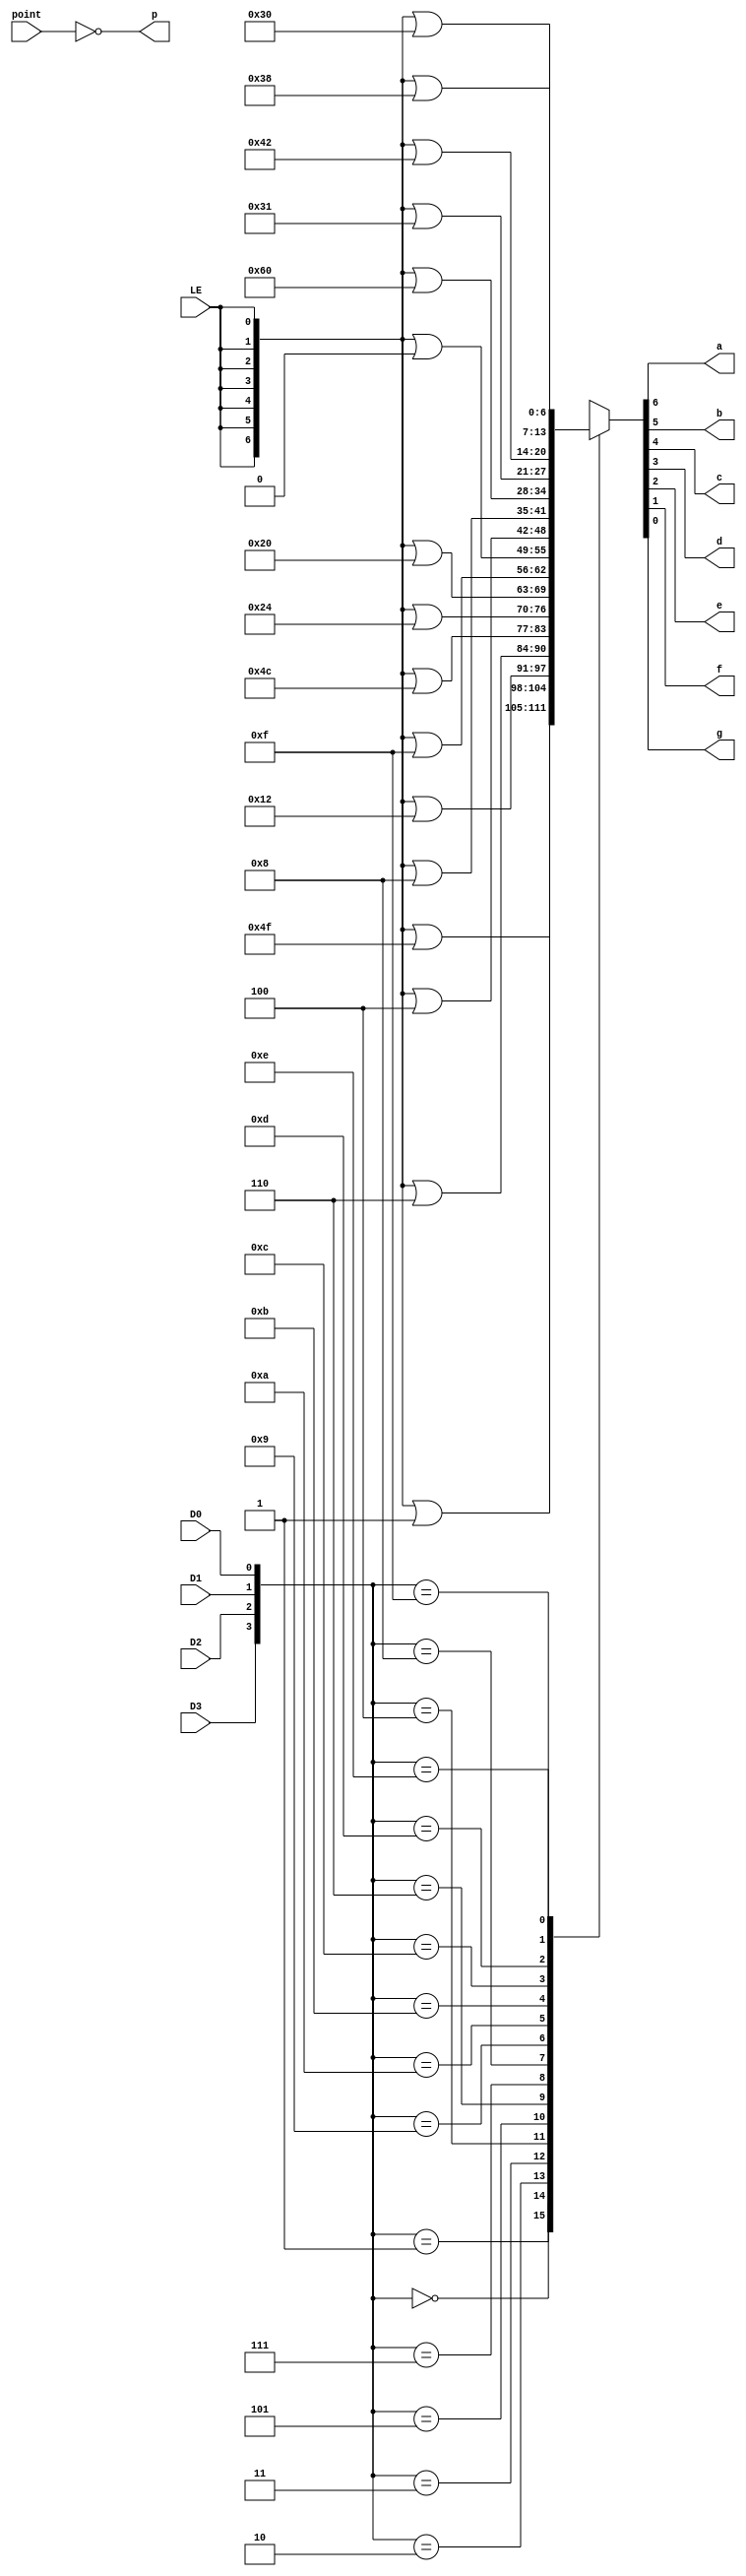
/**
 * Hex to Segment
 * convert 4 bits hexadecimal to segment signals
 * @author Zengkai Jiang
 * @date 2018.08.27
 */


module MC14495_ZJU(
    input wire D0, // the least
    input wire D1,
    input wire D2,
    input wire D3, // the most
    input wire LE, // actvie low
    input wire point, // active high
    output reg a, // active low
    output reg b, // active low
    output reg c, // active low
    output reg d, // active low
    output reg e, // active low
    output reg f, // active low
    output reg g, // active low
    output wire p // active low
    );


assign p = ~ point;
`define segment {a, b, c, d, e, f, g}
always @ * begin
    case ({D3, D2, D1, D0})
        4'b0000: `segment <= {7{LE}} | 7'b0000001;
        4'b0001: `segment <= {7{LE}} | 7'b1001111;
        4'b0010: `segment <= {7{LE}} | 7'b0010010;
        4'b0011: `segment <= {7{LE}} | 7'b0000110;
        4'b0100: `segment <= {7{LE}} | 7'b1001100;
        4'b0101: `segment <= {7{LE}} | 7'b0100100;
        4'b0110: `segment <= {7{LE}} | 7'b0100000;
        4'b0111: `segment <= {7{LE}} | 7'b0001111;
        4'b1000: `segment <= {7{LE}} | 7'b0000000;
        4'b1001: `segment <= {7{LE}} | 7'b0000100;
        4'b1010: `segment <= {7{LE}} | 7'b0001000;
        4'b1011: `segment <= {7{LE}} | 7'b1100000;
        4'b1100: `segment <= {7{LE}} | 7'b0110001;
        4'b1101: `segment <= {7{LE}} | 7'b1000010;
        4'b1110: `segment <= {7{LE}} | 7'b0110000;
        4'b1111: `segment <= {7{LE}} | 7'b0111000;
    endcase
end


endmodule